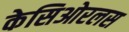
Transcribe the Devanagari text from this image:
केसिओरलस